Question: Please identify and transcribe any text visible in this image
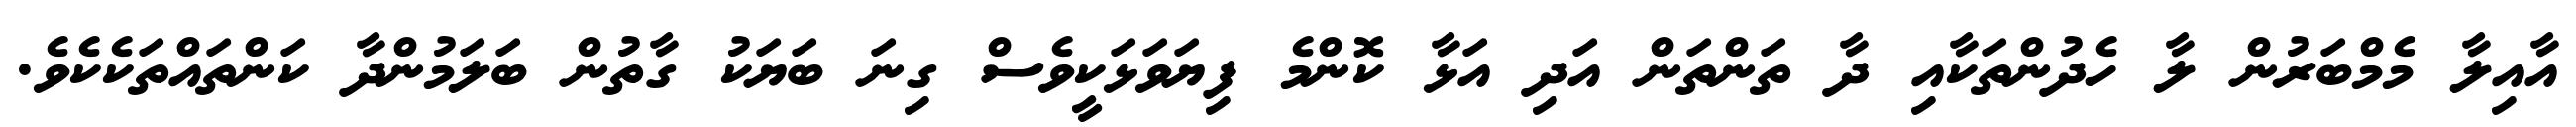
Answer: އާއިލާ މެމްބަރުން ލާ ހެދުންތަކާއި ދާ ތަންތަން އަދި އަޅާ ކޮންމެ ފިޔަވަޅަކީވެސް ގިނަ ބަޔަކު ގާތުން ބަލަމުންދާ ކަންތައްތަކެކެވެ.